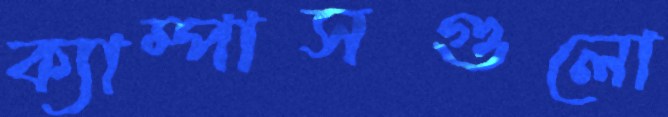
ক্যাম্পাসগুলো